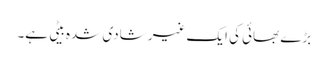
بڑے بھائی کی ایک غیر شادی شدہ بیٹی ہے۔